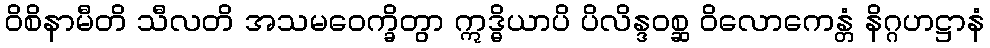
ဝိစိနာမီတိ သီလတိ အသမဝေက္ခိတွာ ဣဒ္ဓိယာပိ ပိလိန္ဒဝစ္ဆ ဝိလောကေန္တံ နိဂ္ဂဟဋ္ဌာနံ